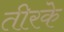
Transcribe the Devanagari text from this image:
तीरके